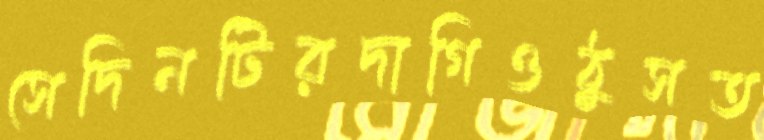
সেদিনটিরদাগিওঠুসত